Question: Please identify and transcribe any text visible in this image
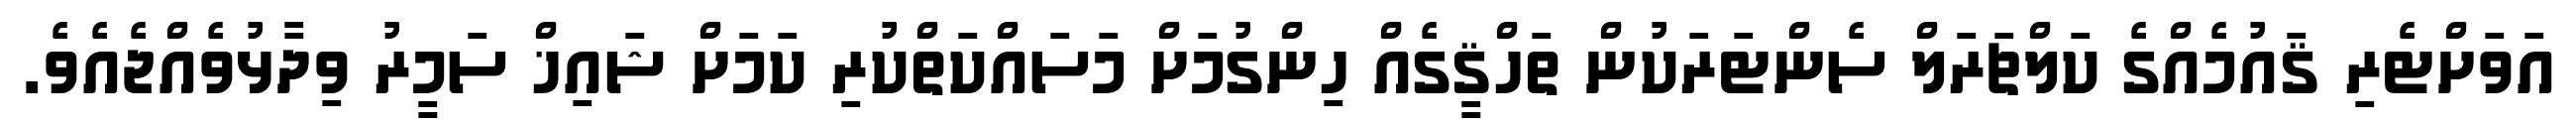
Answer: އަވަށްޓެރި ޤައުމެއްގެ ކަލްޗަރަލް ސެންޓަރަކުން ތަހްޤީގެއް ހިންގުމަށް މަސައްކަތްކުރި ކަމަށް ޝައިޚް ސަމީރު ވިދާޅުވެއްޖެއެވެ.